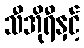
သီအိုရီနှင့်